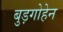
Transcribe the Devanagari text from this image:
बुड़गोहेन